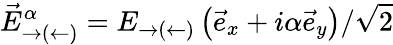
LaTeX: \vec{E}_{\rightarrow(\leftarrow)}^{\alpha}=E_{\rightarrow(\leftarrow)}\left(\vec{e}_{x}+i\alpha\vec{e}_{y}\right)/\sqrt{2}